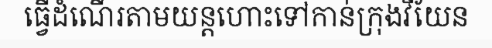
ធ្វើដំណើរតាមយន្តហោះទៅកាន់ក្រុងវីយែន